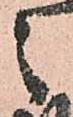
之